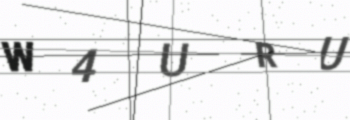
Text: W4URU